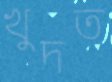
খুদত